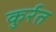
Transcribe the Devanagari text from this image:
कुर्रत